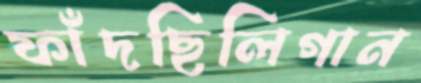
ফাঁদছিলিগান